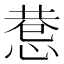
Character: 𢛖